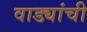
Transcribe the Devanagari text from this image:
वाड्यांची